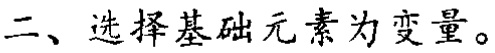
二、选择基础元素为变量。